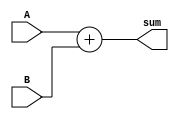
/*
 * Name: adder
 * Functional as of 3:15pm 5/13/21
 */

module adder 
(
    input [15:0] A, B, 
    output reg [15:0] sum
);
    always @(*)
    begin
        sum = A + B;
    end
endmodule